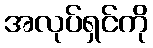
အလုပ်ရှင်ကို